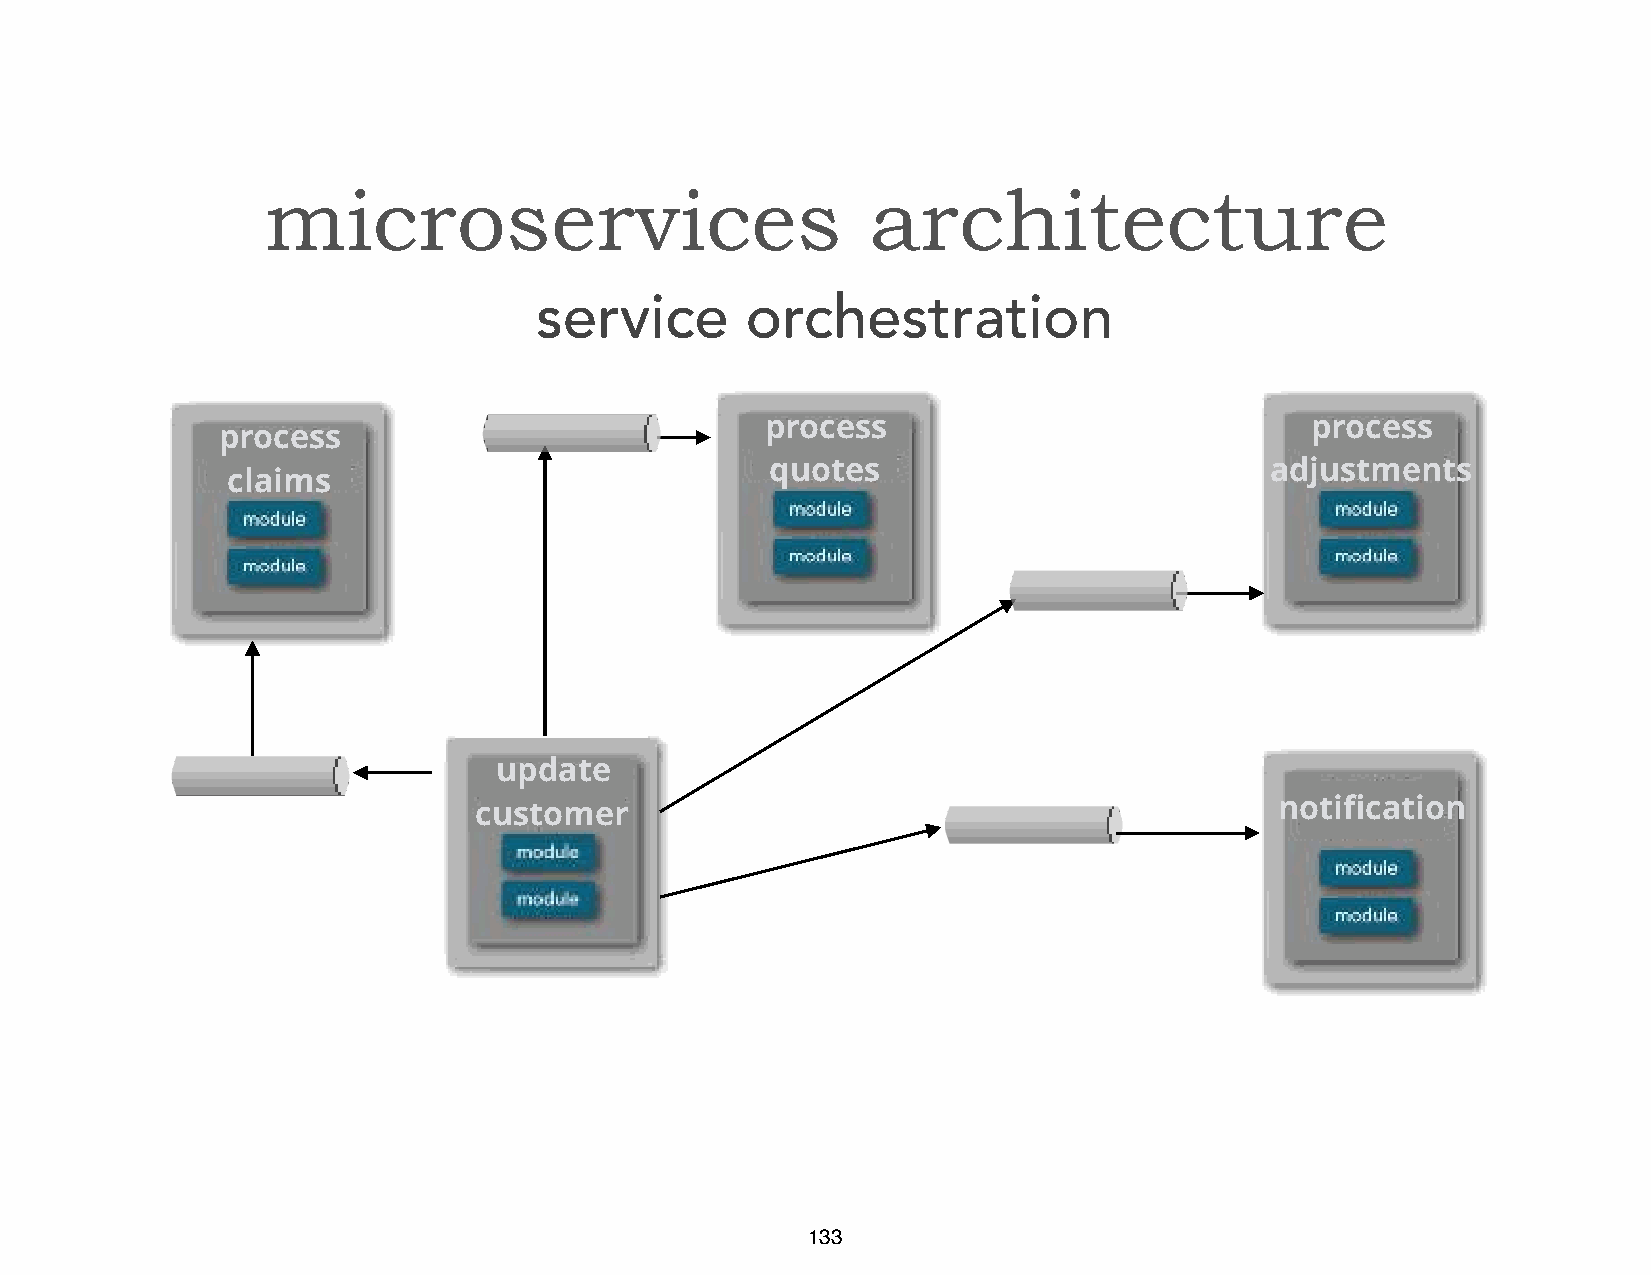
microservices                           architecture
 service       orchestration
 process                             process
 process
 quotes                           adjustments
 claims
 update
 fi
 customer                                              noti cation
 133